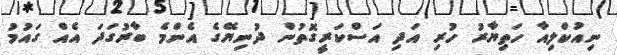
ނިއުކްލިއާ ހަތިޔާރު ހުރި އަދި އަސްކަރީގޮތުން ދުނިޔޭގެ އެންމެ ބާރުގަދަ އެއް ގައުމު